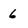
Character: 6